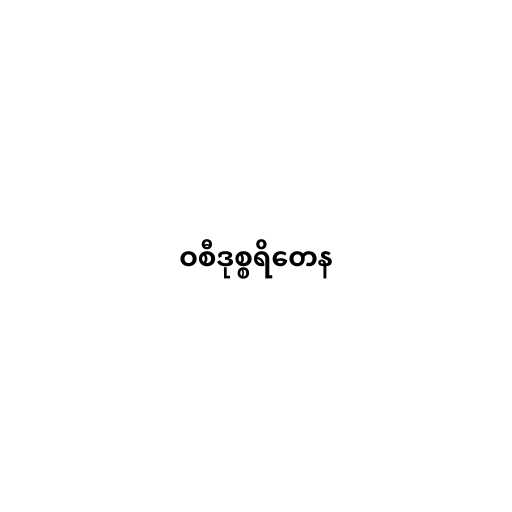
ဝစီဒုစ္စရိတေန